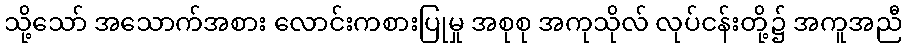
သို့သော် အသောက်အစား လောင်းကစားပြုမှု အစုစု အကုသိုလ် လုပ်ငန်းတို့၌ အကူအညီ